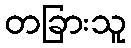
တခြားသူ